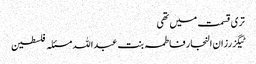
تری قسمت میں تھی
ٹیگزرزان النجار فاطمہ بنت عبداللہ مسئلہ فلسطین